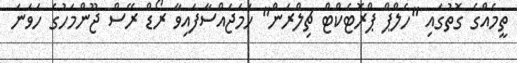
ތީމެއްގެ ގޮތުގައި "ހެލްޕް ޕްރޮޓެކްޓް ޗިލްރަން" ހަމަޖައްސާފައިވާ ރޯޑް ރޭސް ޖޫންމަހުގެ ހަވަނަ